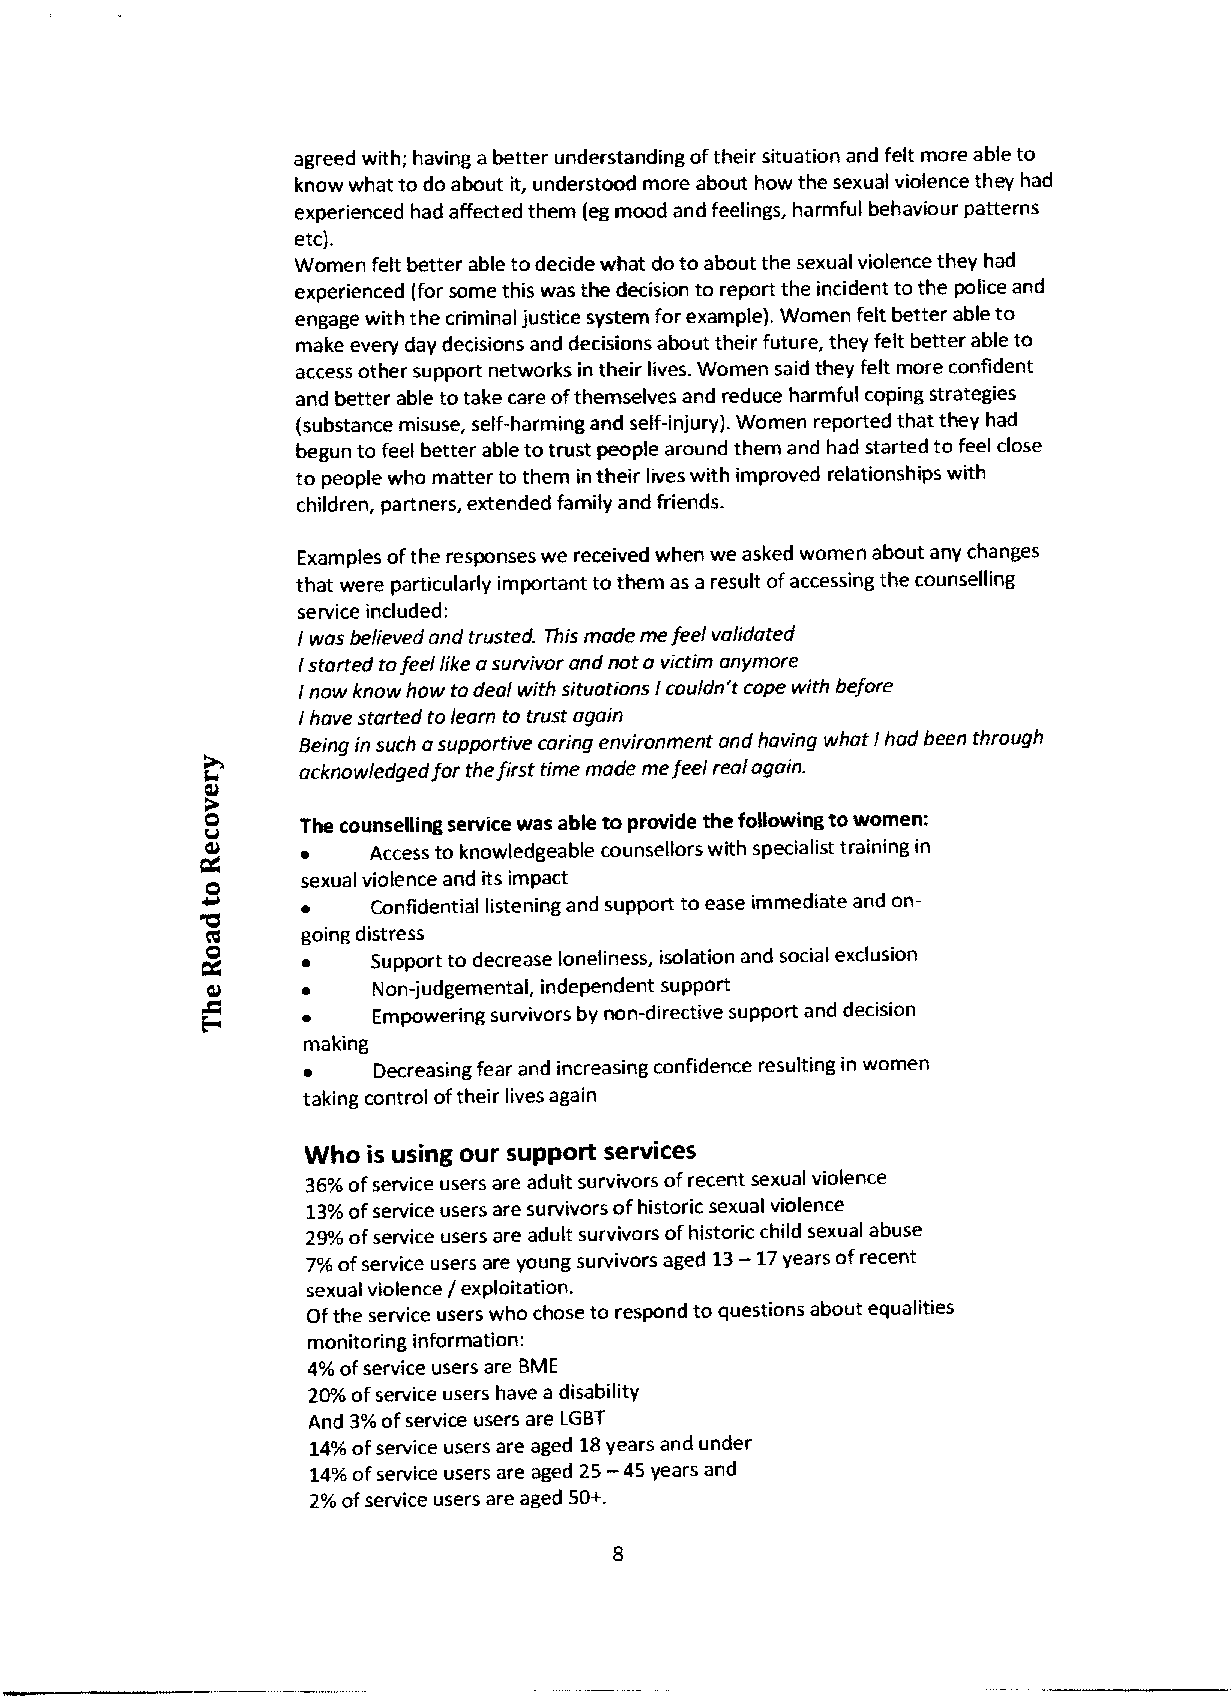
agreed with; having abetter understanding oftheir situation and felt more able to
 know what to do about it, understood more about how the sexual violence they had
 experienced had affected them (egmood and feelings, harmful behaviour patterns
 etc).
 Women felt better able to decide what do to about the sexual violence they had
 experienced (for some this was the decision to report the incident to the police and
 engage with the criminal justice system for example). Women felt better able to
 make every day decisions and decisions about their future, they felt better able to
 access other support networks in their lives. Women said they felt more confident
 and better able totake care ofthemselves and reduce harmful coping strategies
 (substance misuse, self-harming and self-injury). Women reported that they had
 begun to feel better able to trust people around them and had started to feel close
 to people who matter to them in their lives with improved relationships with
 children, partners, extended family and friends
 Examples ofthe responses we received when we asked women about any changes
 that were particularly important to them as a result ofaccessing the counselling
 service included:
 Iwas believed and trusted. This made me feel validoted
 Istarted tofeel like asurvivor and not o victim anymore
 Inow know how todeai with situotions Icouldn't cope with before
 Ihave started to learn to trust again
 Being in such asupportive caring environment and having what Ihad been through
 acknowledged for the first time made mefeel real again.
 The counselling service was able to provide the following towomen:
 ~   Access to knowledgeable counsellors with specialist training in
 sexual violence and its impact
 ~    Confidential listening and support to ease immediate and on-
 going distress
 ~    Support to decrease loneliness, isolation and social exclusion
 ~    Non-judgemental, independent support
 ~    Empowering survivors by non-directive support and decision
 making
 ~    Decreasing fear and increasing confidence resulting in women
 taking control oftheir lives again
 Who is using our support services
 36%ofservice users are adult survivors ofrecent sexual violence
 13%ofservice users are survivors ofhistoric sexual violence
 29/o ofservice users are adult survivors ofhistoric child sexual abuse
 7%ofservice users are young survivors aged 13—17years ofrecent
 sexual violence / exploitation.
 Ofthe service users who chose to respond to questions about equalities
 monitoring information:
 4%ofservice users are BME
 20%ofservice users have a disability
 And 3%ofservice users are LGBT
 14%ofservice users are aged 18years and under
 —
 14%ofservice users are aged 25 45years and
 2%ofservice users are aged 50+.